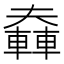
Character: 𨎑